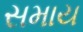
સમાય